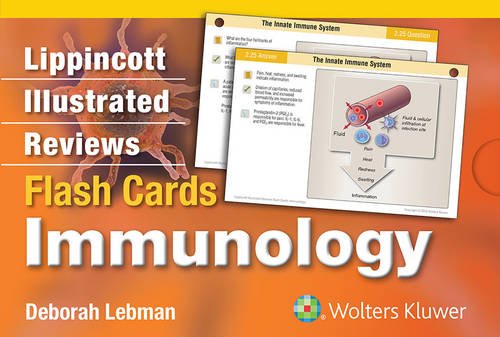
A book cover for Lippincott Illustrated Reviews Flash Cards: Immunology; Deborah Lebman; Medical Books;